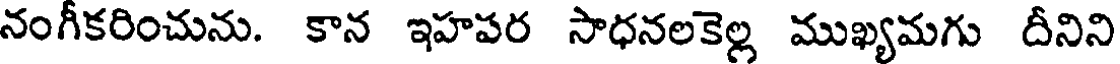
నంగీకరించును. కాన ఇహపర సాధనలకెల్ల ముఖ్యమగు దీనిని